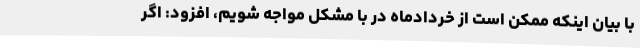
با بیان اینکه ممکن است از خردادماه در با مشکل مواجه شویم، افزود: اگر